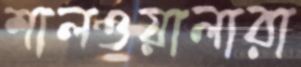
শালওয়ালারা